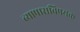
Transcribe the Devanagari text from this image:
व्यापाराविषयक